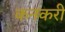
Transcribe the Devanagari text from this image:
कनकरी